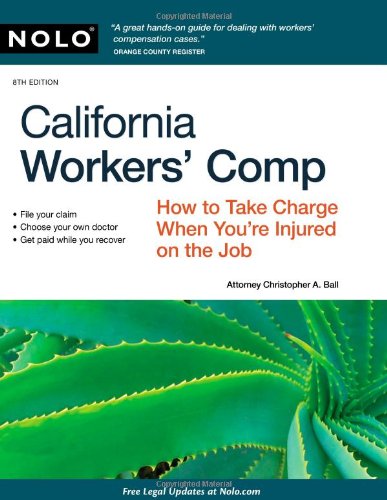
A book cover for California Workers' Comp: How To Take Charge When You're Injured On The Job; Christopher Ball Attorney; Law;